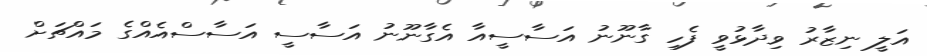
އަލީ ނިޒާރު ވިދާޅުވީ ފެހި ގާނޫނު އަސާސީއާ އެގާނޫނު އަސާސީ އަސާސްއެއްގެ މައްޗަށް